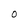
Character: o